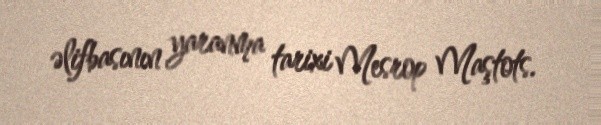
əlifbasının yaranma tarixi Mesrop Maştots.